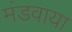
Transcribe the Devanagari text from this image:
मंडवाया